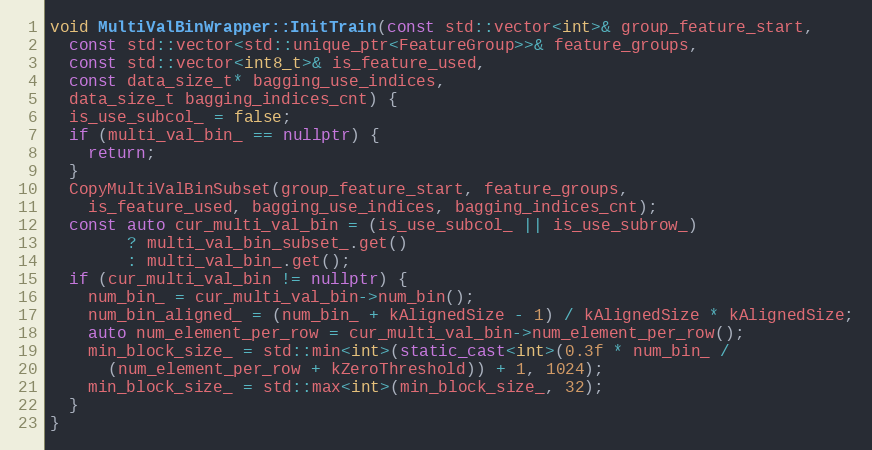
Language: C++
void MultiValBinWrapper::InitTrain(const std::vector<int>& group_feature_start,
  const std::vector<std::unique_ptr<FeatureGroup>>& feature_groups,
  const std::vector<int8_t>& is_feature_used,
  const data_size_t* bagging_use_indices,
  data_size_t bagging_indices_cnt) {
  is_use_subcol_ = false;
  if (multi_val_bin_ == nullptr) {
    return;
  }
  CopyMultiValBinSubset(group_feature_start, feature_groups,
    is_feature_used, bagging_use_indices, bagging_indices_cnt);
  const auto cur_multi_val_bin = (is_use_subcol_ || is_use_subrow_)
        ? multi_val_bin_subset_.get()
        : multi_val_bin_.get();
  if (cur_multi_val_bin != nullptr) {
    num_bin_ = cur_multi_val_bin->num_bin();
    num_bin_aligned_ = (num_bin_ + kAlignedSize - 1) / kAlignedSize * kAlignedSize;
    auto num_element_per_row = cur_multi_val_bin->num_element_per_row();
    min_block_size_ = std::min<int>(static_cast<int>(0.3f * num_bin_ /
      (num_element_per_row + kZeroThreshold)) + 1, 1024);
    min_block_size_ = std::max<int>(min_block_size_, 32);
  }
}